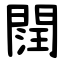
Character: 䦞